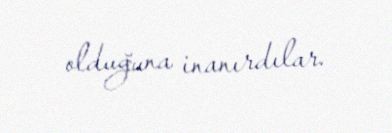
olduğuna inanırdılar.